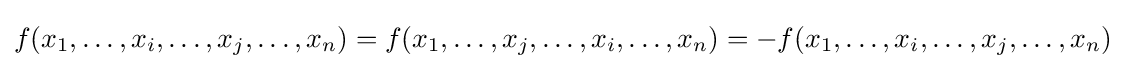
f(x_{1},\dots ,x_{i},\dots ,x_{j},\dots ,x_{n})=f(x_{1},\dots ,x_{j},\dots ,x_{i},\dots ,x_{n})=-f(x_{1},\dots ,x_{i},\dots ,x_{j},\dots ,x_{n})